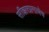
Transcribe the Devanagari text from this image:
सीझरप्रमाणेच